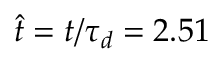
\hat { t } = t / \tau _ { d } = 2 . 5 1